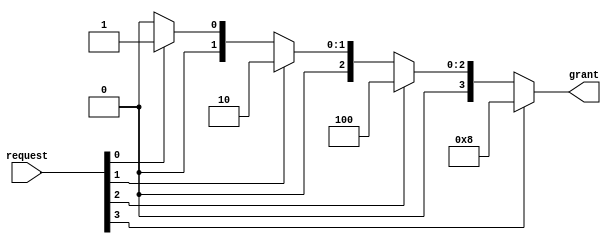
module arbiter(
    input   wire    [3:0]   request     , // [HDMI, CAMERA]
    
    output  reg     [3:0]   grant       
);
/**************************process***************************/
// 
always@(*)
begin
    case(1'b1)
        request[3]:
            grant = 4'b1000;
        request[2]:
            grant = 4'b0100;
        request[1]:
            grant = 4'b0010;
        request[0]:
            grant = 4'b0001;
        default:
            grant = 4'b0000;
    endcase
end

endmodule